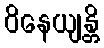
ဝိနေယျန္တိ